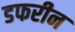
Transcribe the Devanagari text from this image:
डफरीन